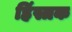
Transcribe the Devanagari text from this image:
हिंस्त्रक